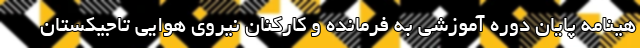
هینامه پایان دوره آموزشی به فرمانده و کارکنان نیروی هوایی تاجیکستان